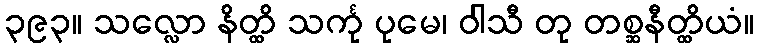
၃၉၃။ သလ္လော နိတ္ထိ သင်္ကု ပုမေ၊ ဝါသီ တု တစ္ဆနီတ္ထိယံ။